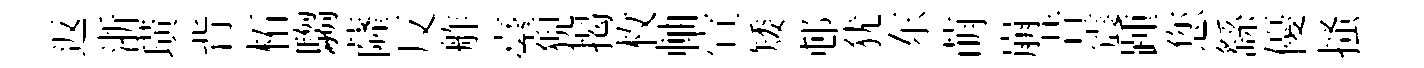
返浙璜背柘騶薩反舴臺猊揭枚軸宣矮邨犹东萌崩昔震踵您繇優搔